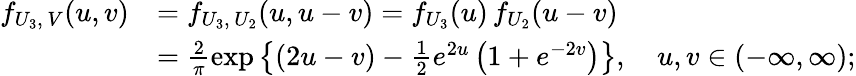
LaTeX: \begin{array}{rl}{f_{U_{3},\, V}(u,v)}&{=f_{U_{3},\, U_{2}}(u,u-v)=f_{U_{3}}(u)\, f_{U_{2}}(u-v)}\\ &{=\frac{2}{\pi}\exp\left\{ (2u-v)-\frac{1}{2}e^{2u}\left(1+e^{-2v}\right)\right\} ,\quad u,v\in(-\infty,\infty);}\end{array}